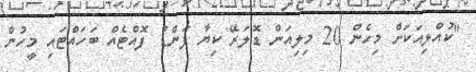
"ކުއްލިއަކަށް މިހެން 20 މިލިއަން ޑޮލަރޭ ކިޔާ ފަންޑު ފޮއްޓެއް ބަހައްޓައި މީހުން